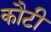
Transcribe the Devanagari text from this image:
कौटी